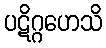
ပဋိဂ္ဂဟေသိ